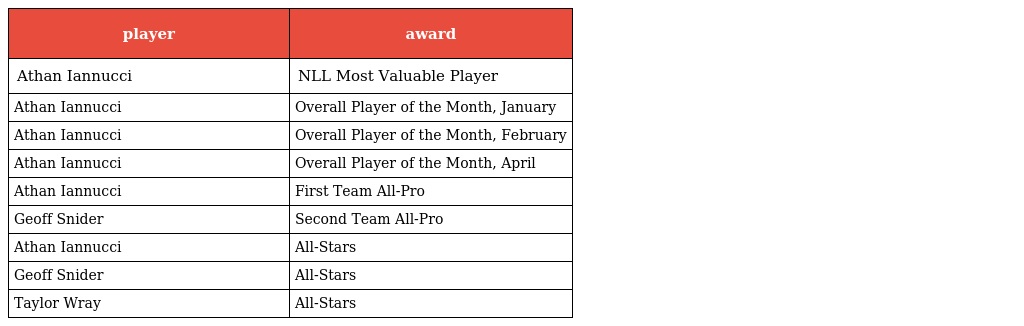
| player | award |
 | --- | --- |
 | Athan Iannucci | NLL Most Valuable Player |
 | Athan Iannucci | Overall Player of the Month, January |
 | Athan Iannucci | Overall Player of the Month, February |
 | Athan Iannucci | Overall Player of the Month, April |
 | Athan Iannucci | First Team All-Pro |
 | Geoff Snider | Second Team All-Pro |
 | Athan Iannucci | All-Stars |
 | Geoff Snider | All-Stars |
 | Taylor Wray | All-Stars |